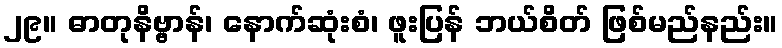
၂၉။ ဓာတုနိဗ္ဗာန်၊ နောက်ဆုံးစံ၊ ဖူးပြန် ဘယ်စိတ် ဖြစ်မည်နည်း။